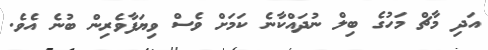
އަދި މާޗް މަހުގެ ބިލް ނުދައްކާނެ ކަމަށް ވެސް ވިޔަފާވެރިން ބުނެ އެވެ.